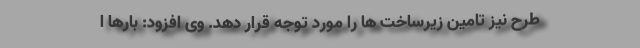
طرح نیز تامین زیرساخت ها را مورد توجه قرار دهد. وی افزود: بارها ا